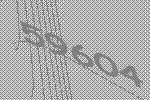
59604